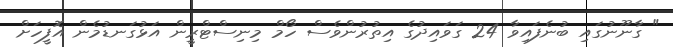
" ގާނޫނުގައި ބުނެފައިވާ 24 ގަވައިދުގެ އިތުރުންވެސް ހޯމް މިނިސްޓްރީން އަޅުގަނޑުމެން އޮފީހަށް